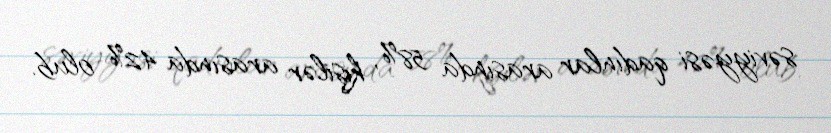
səviyyəsi qadınlar arasında 58%, kişilər arasında 42% olub.